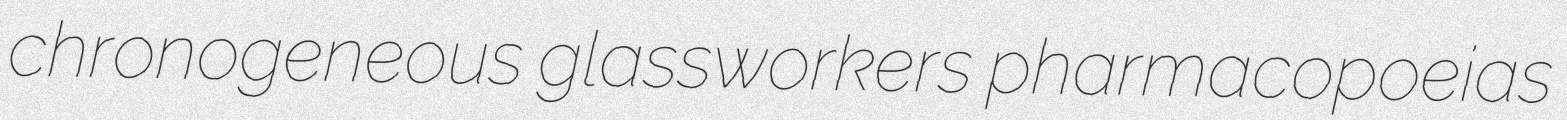
chronogeneous glassworkers pharmacopoeias